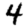
Digit: 4